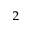
^ { 2 }